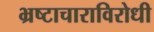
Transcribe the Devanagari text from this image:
भ्रष्टाचाराविरोधी